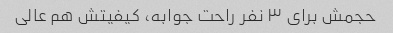
حجمش برای ۳ نفر راحت جوابه، کیفیتش هم عالی